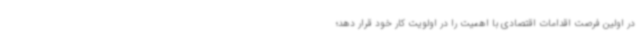
در اولین فرصت اقدامات اقتصادی با اهمیت را در اولویت کار خود قرار دهد؛